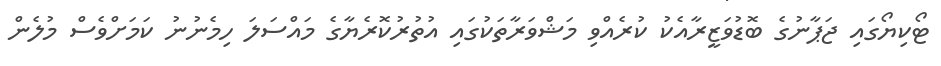
ޓޯކިޔޯގައި ޖަޕާނުގެ ބޮޑުވަޒީރާއެކު ކުރެއްވި މަޝްވަރާތަކުގައި އުތުރުކޮރެޔާގެ މައްސަލަ ހިމެނުނު ކަމަށްވެސް މުލެން